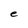
Character: e